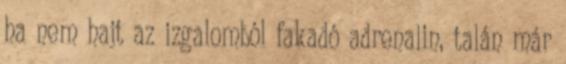
ha nem hajt az izgalomból fakadó adrenalin, talán már